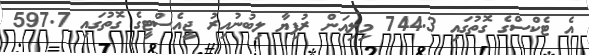
އެ ޓެކްސްގެ ގޮތުގައި 744.3 މިލިއަން ރުފިޔާ ލިބުނުއިރު ޖީއެސްޓީގެ ގޮތުގައި 597.7